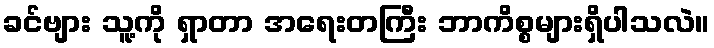
ခင်ဗျား သူ့ကို ရှာတာ အရေးတကြီး ဘာကိစ္စများရှိပါသလဲ။